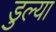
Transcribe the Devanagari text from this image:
डुल्या